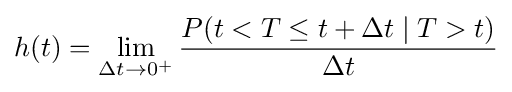
h(t)=\lim _{\Delta t\to 0^{+}}{\frac {P(t<T\leq t+\Delta t\mid T>t)}{\Delta t}}